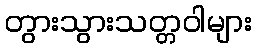
တွားသွားသတ္တဝါများ